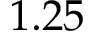
1 . 2 5